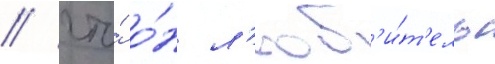
/ что́ о́н л'юб'и́т'ель